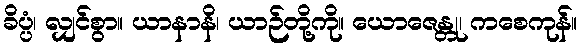
ခိပ္ပံ၊ လျှင်စွာ။ ယာနာနိ၊ ယာဉ်တို့ကို။ ယောဇေန္တု၊ ကစေကုန်။